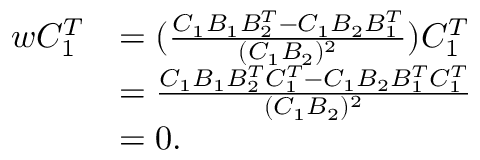
\begin{array} { r l } { { w } C _ { 1 } ^ { T } } & { = ( \frac { C _ { 1 } B _ { 1 } B _ { 2 } ^ { T } - C _ { 1 } B _ { 2 } B _ { 1 } ^ { T } } { ( C _ { 1 } B _ { 2 } ) ^ { 2 } } ) C _ { 1 } ^ { T } } \\ & { = \frac { C _ { 1 } B _ { 1 } B _ { 2 } ^ { T } C _ { 1 } ^ { T } - C _ { 1 } B _ { 2 } B _ { 1 } ^ { T } C _ { 1 } ^ { T } } { ( C _ { 1 } B _ { 2 } ) ^ { 2 } } } \\ & { = 0 . } \end{array}